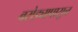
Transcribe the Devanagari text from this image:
वरोड्यापासून